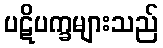
ပဋိပက္ခများသည်